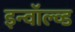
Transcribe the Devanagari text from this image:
इन्वॉल्व्ड